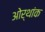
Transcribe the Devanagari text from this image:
ओर्थांक